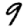
Digit: 9